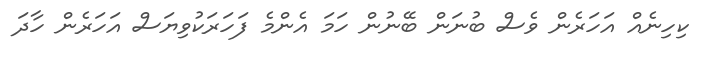
ކިހިނެއް އަހަރެން ވެސް ބުނަން ބޭނުން ހަމަ އެންމެ ފަހަރަކުވިޔަސް އަހަރެން ހާދަ